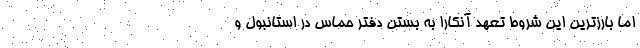
اما بارزترین این شروط تعهد آنکارا به بستن دفتر حماس در استانبول و